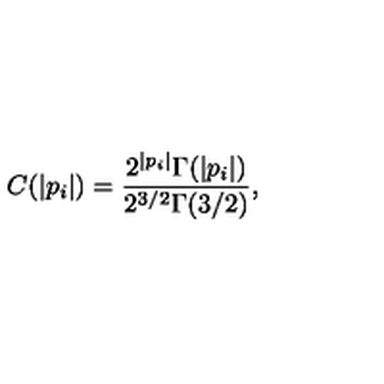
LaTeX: C ( | p _ { i } | ) = \frac { 2 ^ { | p _ { i } | } \Gamma ( | p _ { i } | ) } { 2 ^ { 3 / 2 } \Gamma ( 3 / 2 ) } ,